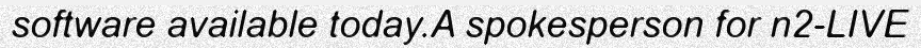
software available today.A spokesperson for n2-LIVE